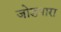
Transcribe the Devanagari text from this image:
जोडनारा